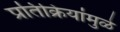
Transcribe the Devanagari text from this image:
प्रतिक्रियांमुळे